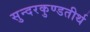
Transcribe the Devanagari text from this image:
सुन्दरकुण्डतीर्थ